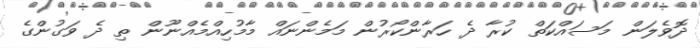
ދޮވެލަން މަސައްކަތް ކުރާ ދެ ހަރާންކޯރުން މަމެންނައް މާމުހިއްމެއްނޫން ތި ދެ ވަގުންގެ